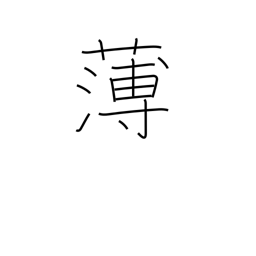
Meaning: weak (tea)